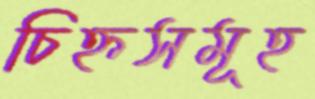
চিহ্নসমূহ